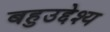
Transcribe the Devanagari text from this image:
बहुउद्देश्य